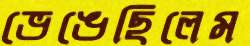
ভেঙেছিলেম